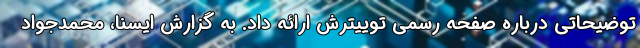
توضیحاتی درباره صفحه رسمی توییترش ارائه داد. به گزارش ایسنا، محمدجواد